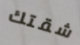
شقتك